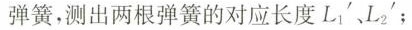
弹簧，测出两根弹簧的对应长度L_{1}'、L_{2}'；